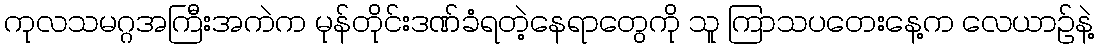
ကုလသမဂ္ဂအကြီးအကဲက မုန်တိုင်းဒဏ်ခံရတဲ့နေရာတွေကို သူ ကြာသပတေးနေ့က လေယာဉ်နဲ့